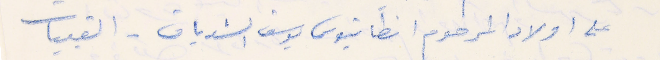
على اولاد المرحوم انطانيوس يوسف الشدياق - القبيات